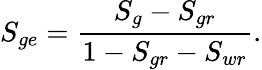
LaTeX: S_{ge}=\frac{S_{g}-S_{gr}}{1-S_{gr}-S_{wr}}.